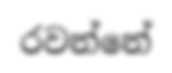
රවන්නේ